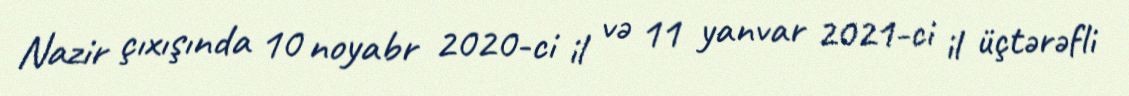
Nazir çıxışında 10 noyabr 2020-ci il və 11 yanvar 2021-ci il üçtərəfli